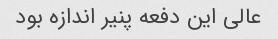
عالی این دفعه پنیر اندازه بود